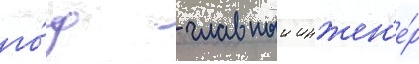
го́д - главныи инжен'е́р